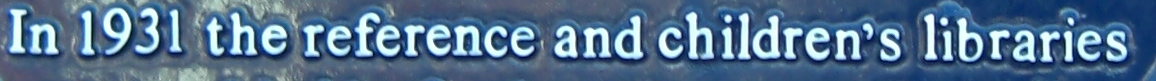
In 1931 the reference and childern's libraries